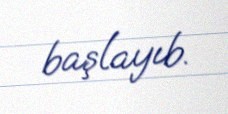
başlayıb.